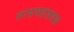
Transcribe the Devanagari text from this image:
सासवडजवळ